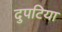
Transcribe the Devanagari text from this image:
दुपटिया